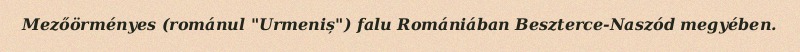
Mezőörményes (románul "Urmeniș") falu Romániában Beszterce-Naszód megyében.